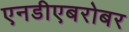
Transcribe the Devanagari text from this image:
एनडीएबरोबर